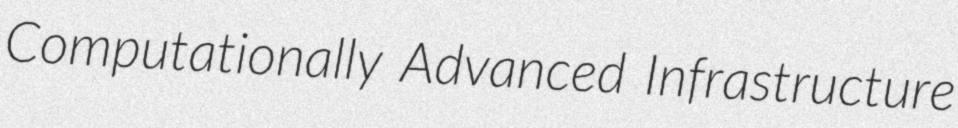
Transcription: Computationally Advanced Infrastructure